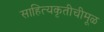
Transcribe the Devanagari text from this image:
साहित्यकृतीचीमूळ